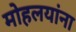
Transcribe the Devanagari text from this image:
माेहलयांना